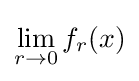
\lim _{r\to 0}f_{r}(x)